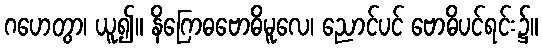
ဂဟေတွာ၊ ယူ၍။ နိဂြောဓဗောဓိမူလေ၊ ညောင်ပင် ဗောဓိပင်ရင်း၌။